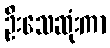
ဦးသေဆုံးကာ